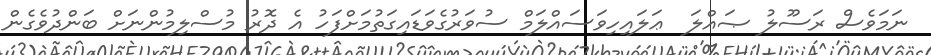
ނަމަވެސް ރަސޫލު ޞައްލަ  ޢަލައިހިވަސައްލަމް ސުވަރުގެވަޑައިގަތުމަށްފަހު އެ ދޮރު މުސްލިމުންނަށް ބަންދުވެގެން